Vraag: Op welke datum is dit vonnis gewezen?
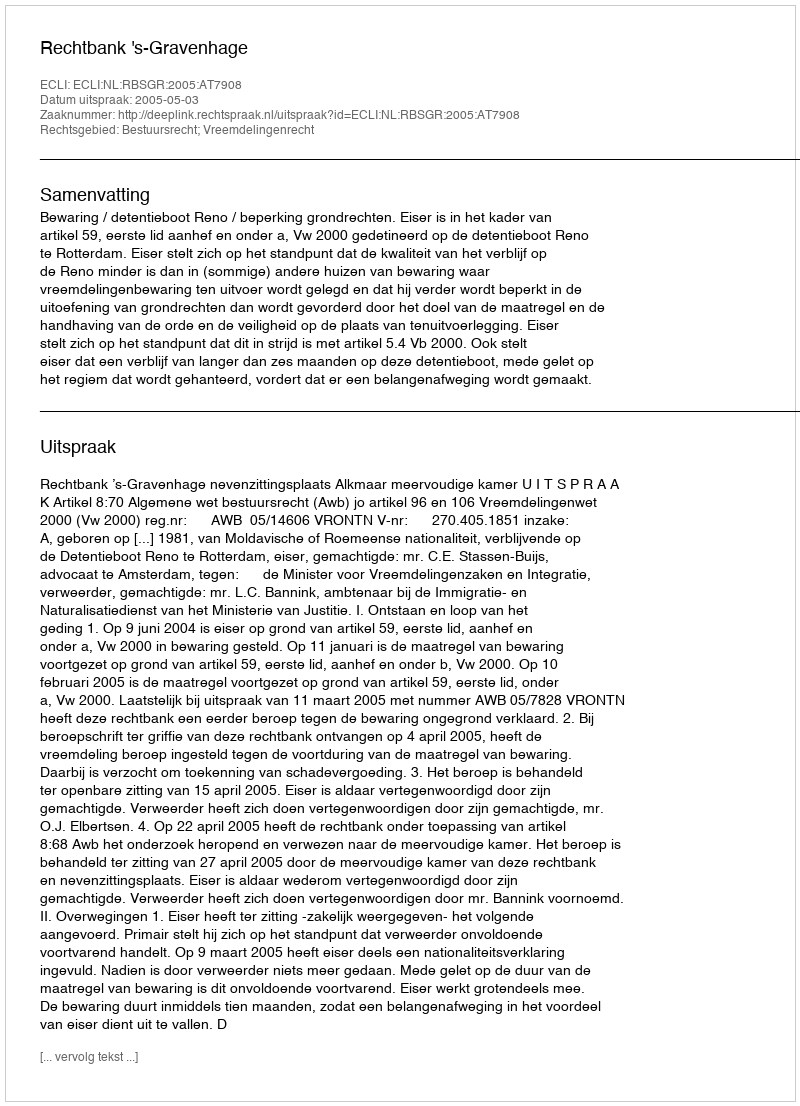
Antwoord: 2005-05-03